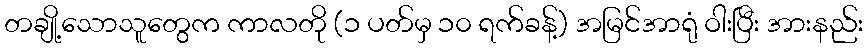
တချို့သောသူတွေက ကာလတို (၁ ပတ်မှ ၁၀ ရက်ခန့်) အမြင်အာရုံ ဝါးပြီး အားနည်း